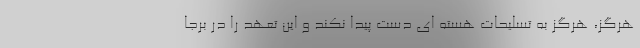
هرگز، هرگز به تسلیحات هسته ای دست پیدا نکند و این تعهد را در برجا